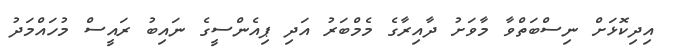
އިދިކޮޅަށް ނިސްބަތްވާ މާވަށު ދާއިރާގެ މެމްބަރު އަދި ޕިއެންސީގެ ނައިބު ރައީސް މުހައްމަދު